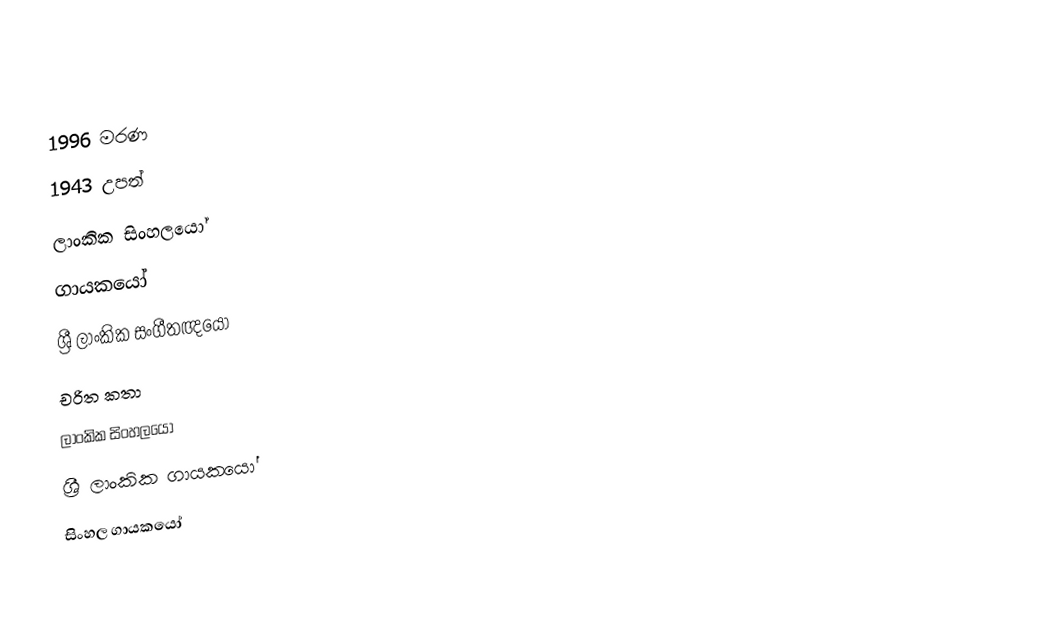
1996 මරණ
1943 උපත්
ලාංකික සිංහලයෝ
ගායකයෝ
ශ්‍රී ලාංකික සංගීතඥයෝ
චරිත කතා
ලාංකික සිංහලයෝ
ශ්‍රී ලාංකික ගායකයෝ
සිංහල ගායකයෝ